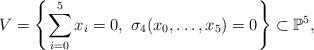
LaTeX: \begin{align*} V = \left\{ \sum_{i = 0}^{5} x_i = 0,\ \sigma_4( x_0, \ldots, x_5 ) = 0 \right\} \subset \mathbb P^5, \end{align*}